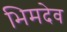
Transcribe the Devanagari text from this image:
भिमदेव